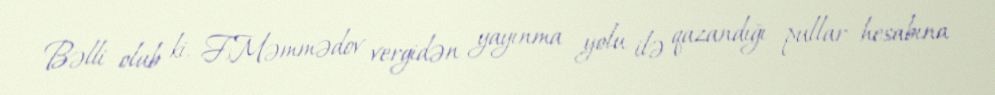
Bəlli olub ki, F.Məmmədov vergidən yayınma yolu ilə qazandığı pullar hesabına